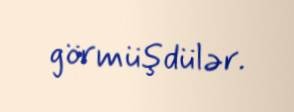
görmüşdülər.